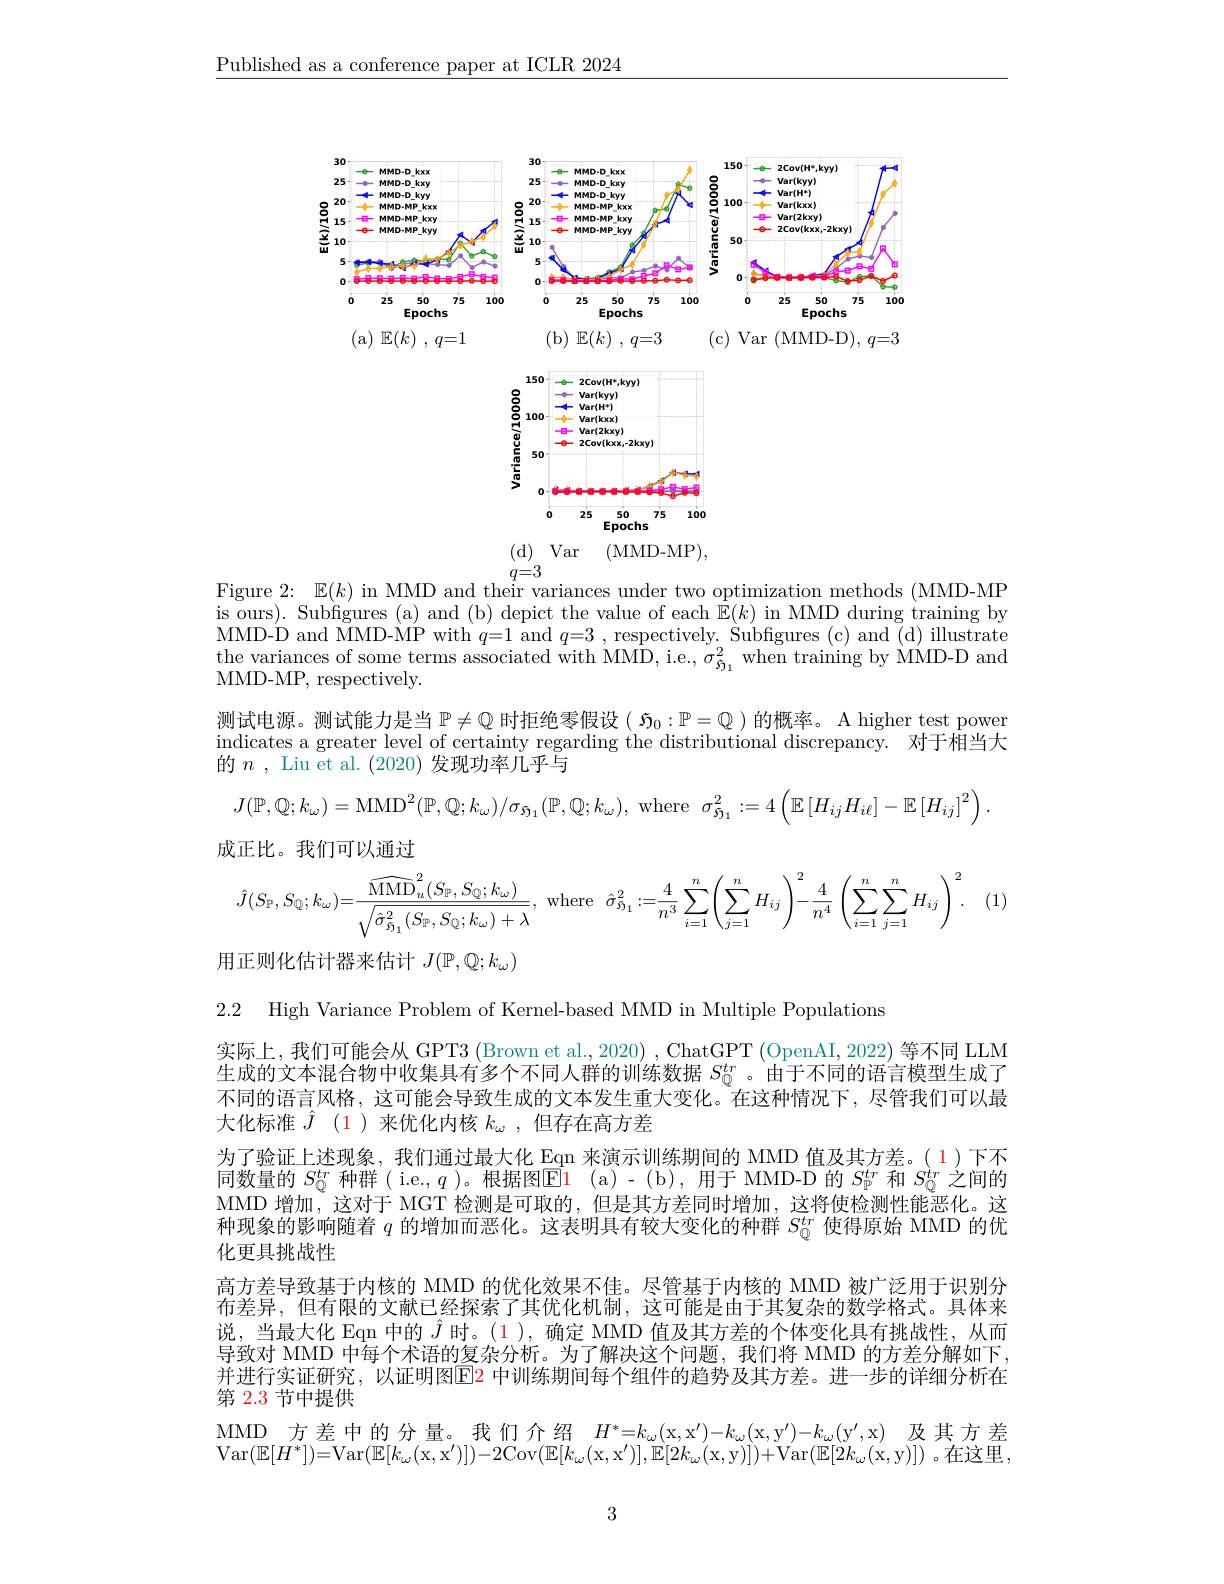
$\underline{\text{Published as a conference paper at ICLR 2024}}$

<FigureHere>
(d) Var (MMD-MP),

$q=3$

Figure 2{:} $\mathbb{E} ( k)$ in MMD and their variances under two optimization methods (MMD-MP is ours). Subfigures (a) and (b) depict the value of each $\tilde{\mathbb{E}}(k)$ in MMD during training by MMD-D and MMD-MP with $q=1$ and $q=3$ , respectively. Subfigures (c) and (d) illustrate $\begin{array}{l}\text{the variances of some terms associated with MMD, i.e., }\sigma_{{\tilde{9}_{1}}}^{2}\mathrm{~when~training~by~MMD-D~and}\\\text{MMD-MP, respectively.}\end{array}$ 测试电源。测试能力是当$\mathbb{P}\neq\mathbb{Q}$时拒绝零假设( $\mathfrak{S}_0:\mathbb{P}=\mathbb{Q}$ )的概率。A higher test power indicates a greater level of certainty regarding the distributional discrepancy. 对于相当大的$n$ , Liu et al. (2020)发现功率几乎与
$J(\mathbb{P},\mathbb{Q};k_{\omega})=$MMD$^2(\mathbb{P},\mathbb{Q};k_{\omega})/\sigma_{5_{1}}(\mathbb{P},\mathbb{Q};k_{\omega})$,where $\sigma _{5_{1}}^{2}: = 4\left ( \mathbb{E} \left [ H_{ij}H_{i\ell }\right ] - \mathbb{E} \left [ H_{ij}\right ] ^{2}\right )$
成正比。我们可以通过
$$\hat{J}(S_{\mathbb{P}},S_{\mathbb{Q}};k_{\omega})=\frac{\widehat{\mathrm{MMD}}_{u}^{2}(S_{\mathbb{P}},S_{\mathbb{Q}};k_{\omega})}{\sqrt{\hat{\sigma}_{S_{1}}^{2}(S_{\mathbb{P}},S_{\mathbb{Q}};k_{\omega})+\lambda}},\:\mathrm{where}\:\hat{\sigma}_{\mathcal{P}_{1}}^{2}:=\frac{4}{n^{3}}\sum_{i=1}^{n}\left(\sum_{j=1}^{n}H_{ij}\right)^{2}-\frac{4}{n^{4}}\:\left(\sum_{i=1}^{n}\sum_{j=1}^{n}H_{ij}\right)^{2}.$$
(1)

用正则化估计器来估计$J(\mathbb{P},\mathbb{Q};k_\omega)$

2.2 High Variance Problem of Kernel-based MMD in Multiple Populations

实际上，我们可能会从 GPT3 (Brown et al., 2020) , ChatGPT (OpenAI, 2022) 等不同 LLM 生成的文本混合物中收集具有多个不同人群的训练数据$S_{\mathbb{Q}}^{tr}$ 。由于不同的语言模型生成了不同的语言风格，这可能会导致生成的文本发生重大变化。在这种情况下，尽管我们可以最大化标准$\hat{J}$ $( \color{red} {1})$来优化内核$k_\omega$,但存在高方差
为了验证上述现象，我们通过最大化 Eqn 来演示训练期间的 MMD 值及其方差。(1)下不同数量的$S_{\mathbb{Q}}^{tr}$种群( i.e., $q$ )。根据图$\overline{\mathbf{E}}$1 (a)-(b),用于 MMD-D 的$S_{\mathbb{P}}^{tr}$和$S_{\mathbb{Q}}^{tr}$之间的MMD 增加，这对于 MGT 检测是可取的，但是其方差同时增加，这将使检测性能恶化。这种现象的影响随着$q$的增加而恶化。这表明具有较大变化的种群$S_{0}^{tr}$使得原始 MMD 的优化更具挑战性
高方差导致基于内核的 MMD 的优化效果不佳。尽管基于内核的 MMD 被广泛用于识别分布差异，但有限的文献已经探索了其优化机制，这可能是由于其复杂的数学格式。具体来说，当最大化 Eqn 中的$\hat{J}$时。(1),确定 MMD 值及其方差的个体变化具有挑战性，从而导致对 MMD 中每个术语的复杂分析。为了解决这个问题，我们将 MMD 的方差分解如下， 并进行实证研究，以证明图E2 中训练期间每个组件的趋势及其方差。进一步的详细分析在第 2.3 节中提供
MMD 方差中的分量。我们介绍$H^* = k_\omega ($x$, \mathrm{x} ^\prime ) - k_\omega ($x$, \mathrm{y} ^\prime ) - k_\omega ( \mathrm{y} ^{\prime }$,x)及其方差

Var$(\mathbb{E}[H^{*}])=$Var$( \mathbb{E} [ k_{\omega }($x$, \mathrm{x} ^\prime ) ] ) - 2$Cov$( \mathbb{E} [ k_{\omega }($x$, \mathrm{x} ^\prime ) ] , \mathbb{E} [ 2k_{\omega }($x,y)])+Var$( \mathbb{E} [ 2k_{\omega }($x,y)])。在这里，

3